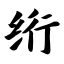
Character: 绗